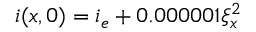
i ( x , 0 ) = i _ { e } + 0 . 0 0 0 0 0 1 \xi _ { x } ^ { 2 }